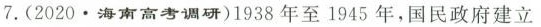
7.(2020·海南高考调研)1938年至1945年，国民政府建立